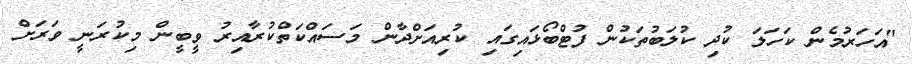
"އަހަރުމެން ކަހަލަ ކުދި ކުލަބުތަކުން ފުޓްބޯޅައިގައި ކުރިއަށްދާން މަސައްކަތްކުރާއިރު ވީބީން މިކުރަނީ ވަރަށް